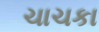
ચાચકા